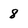
Character: 8